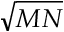
\sqrt { M N }